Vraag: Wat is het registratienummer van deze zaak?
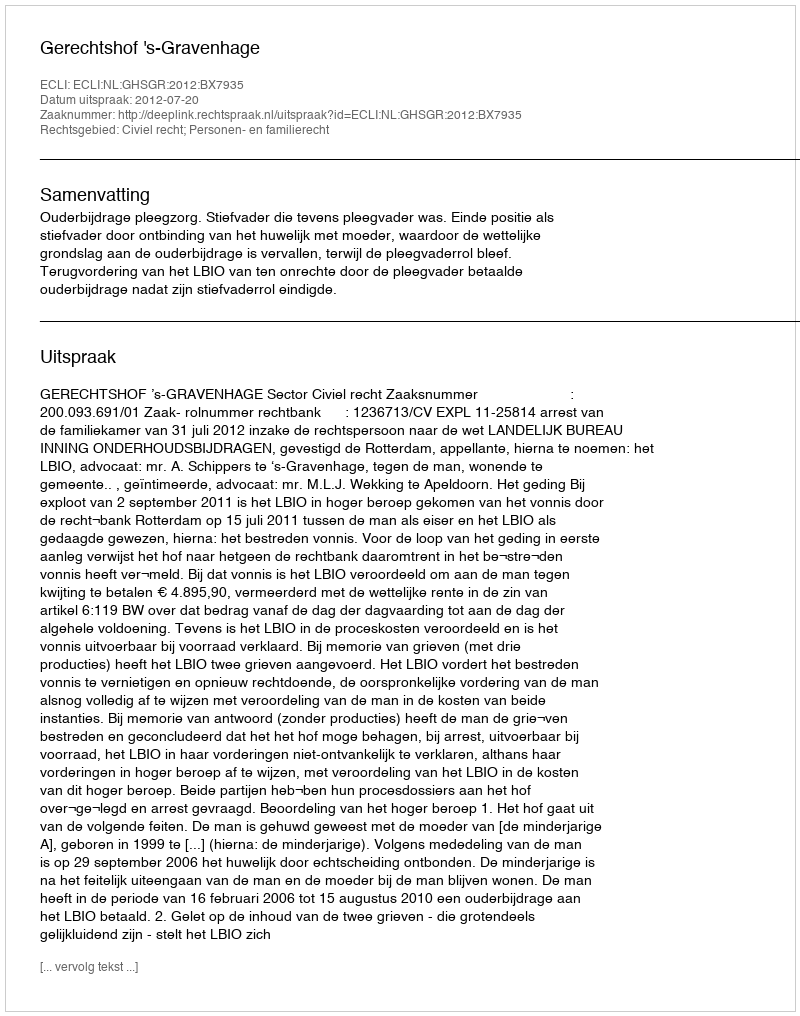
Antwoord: http://deeplink.rechtspraak.nl/uitspraak?id=ECLI:NL:GHSGR:2012:BX7935